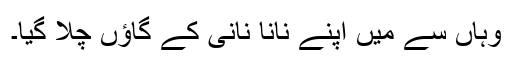
وہاں سے میں اپنے نانا نانی کے گاﺅں چلا گیا۔